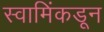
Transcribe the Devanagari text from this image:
स्वामिंकडून